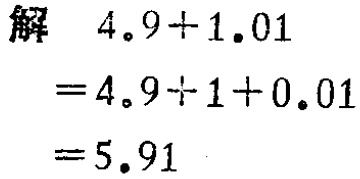
解
\[
\begin{align*}
4.9 + 1.01&=4.9+1 + 0.01\\
&=5.91
\end{align*}
\]